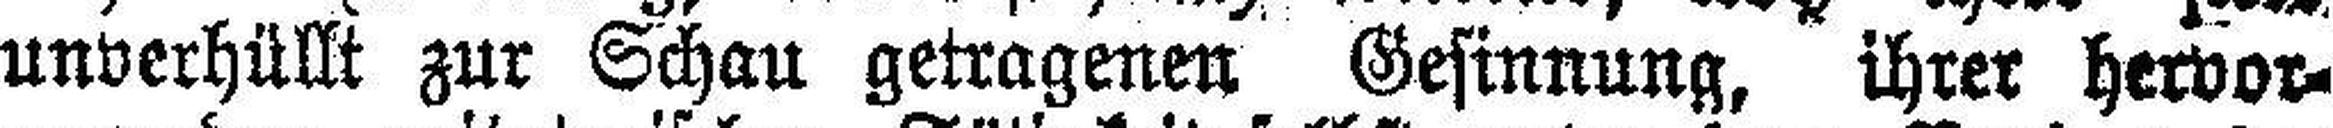
unverhüllt zur Schau getragenen Gesinnung, ihrer hervor¬